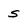
Character: S